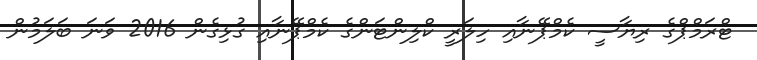
ޓްރަމްޕްގެ ރިޔާސީ ކެމްޕޭނާއި ހިލަރީ ކްލިންޓަންގެ ކެމްޕޭނާއި ގުޅިގެން 2016 ވަނަ ބަލަމުން